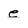
Character: e